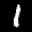
Label: 1